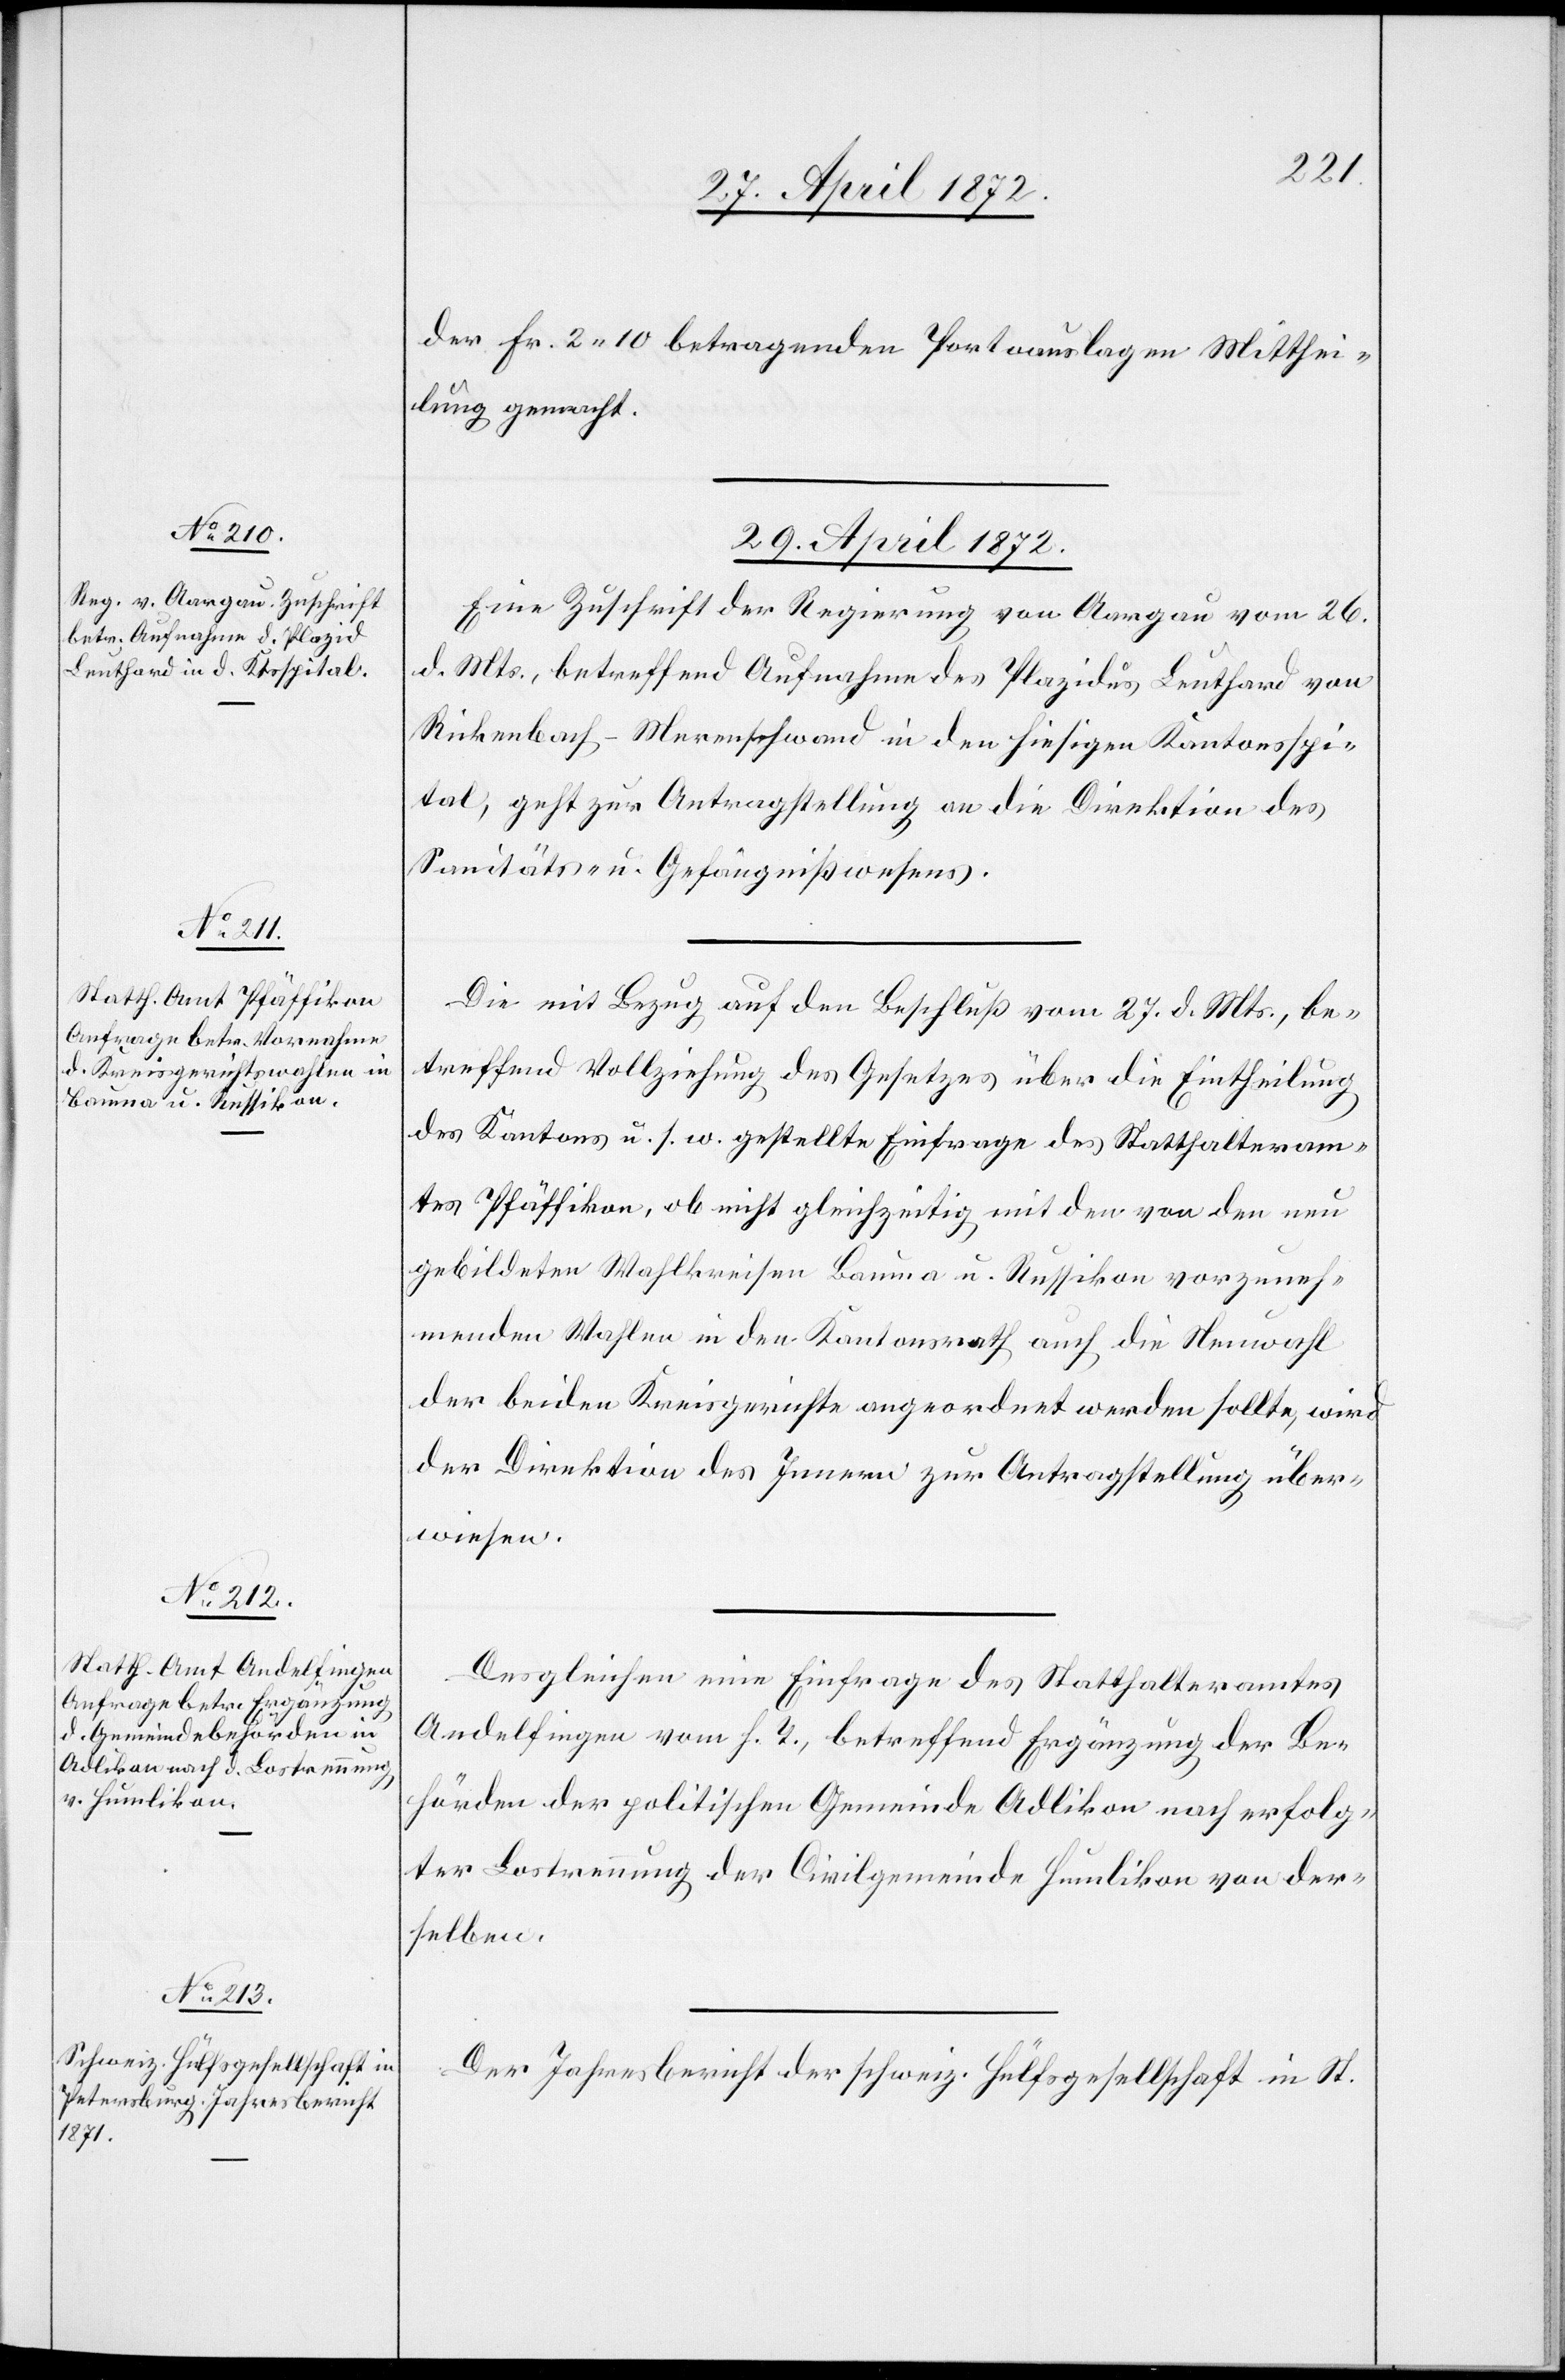
29. April 1872.]
der Fr. 2 10 betragenden Portoauslagen Mitthei¬
lung gemacht.
29. April 1872.
Eine Zuschrift der Regierung von Aargau vom 26.
d. Mts., betreffend Aufnahme des Plazidus Leuthard von
Rickenbach-Merenschwand in den hiesigen Kantonsspi¬
tal, geht zur Antragstellung an die Direktion des
Sanitäts- u. Gefängnißwesens.
Die mit Bezug auf den Beschluß vom 27. d. Mts., be¬
treffend Vollziehung des Gesetzes über die Eintheilung
des Kantons u. s. w. gestellte Einfrage des Statthalteram¬
tes Pfäffikon, ob nicht gleichzeitig mit den von den neu¬
gebildeten Wahlkreisen Bauma u. Russikon vorzuneh¬
menden Wahlen in den Kantonsrath auch die Neuwahl
der beiden Kreisgerichte angeordnet werden sollte, wird
der Direktion des Innern zur Antragstellung über¬
wiesen.
Desgleichen eine Einfrage des Statthalteramtes
Andelfingen vom h. T., betreffend Ergänzung der Be¬
hörden der politischen Gemeinde Adlikon nach erfolg¬
ter Lostrennung der Civilgemeinde Humlikon von der¬
selben.
Der Jahresbericht der schweiz. Hülfsgesellschaft in St.